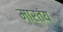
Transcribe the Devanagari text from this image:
मारतंय